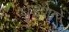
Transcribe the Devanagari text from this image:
घड्णारे